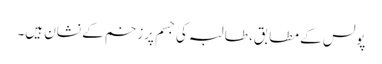
پولس کے مطابق، طالبہ کی جسم پرزخم کے نشان ہیں۔